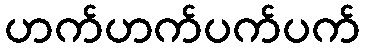
ဟက်ဟက်ပက်ပက်